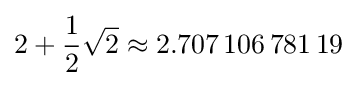
2+{\frac {1}{2}}{\sqrt {2}}\approx 2.707\,106\,781\,19